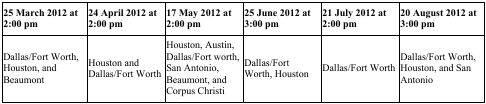
<table><thead><tr><td><b>25 March 2012 at 2:00 pm</b></td><td><b>24 April 2012 at 2:00 pm</b></td><td><b>17 May 2012 at 2:00 pm</b></td><td><b>25 June 2012 at 3:00 pm</b></td><td><b>21 July 2012 at 2:00 pm</b></td><td><b>20 August 2012 at 3:00 pm</b></td></tr></thead><tbody><tr><td>Dallas/Fort Worth, Houston, and Beaumont</td><td>Houston and Dallas/Fort Worth</td><td>Houston, Austin, Dallas/Fort worth, San Antonio, Beaumont, and Corpus Christi</td><td>Dallas/Fort Worth, Houston </td><td>Dallas/Fort Worth</td><td>Dallas/Fort Worth, Houston, and San Antonio</td></tr></tbody></table>